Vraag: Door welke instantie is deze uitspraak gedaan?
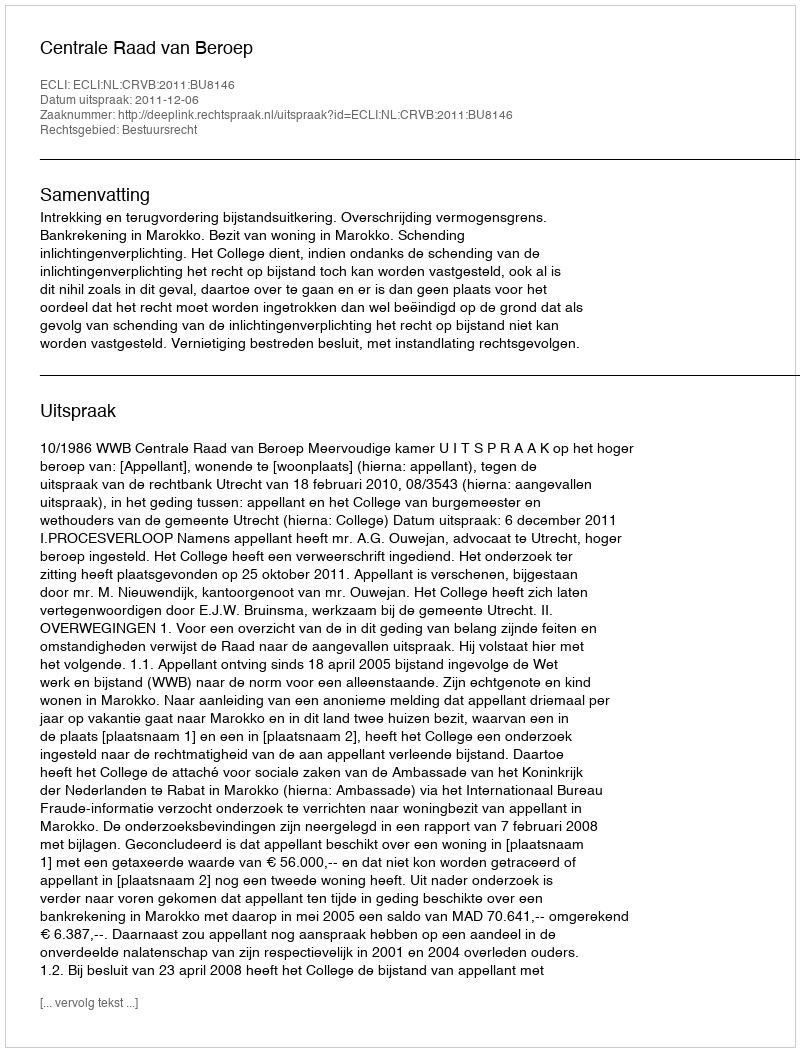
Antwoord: Centrale Raad van Beroep